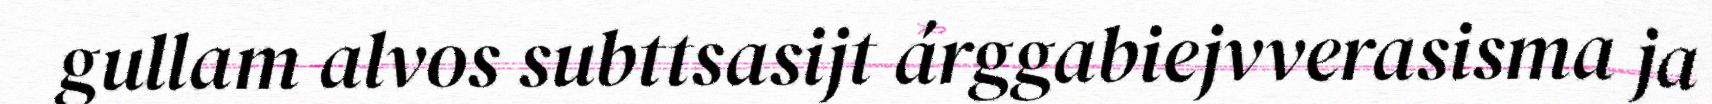
gullam alvos subttsasijt árggabiejvverasisma ja